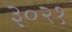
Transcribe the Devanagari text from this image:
३०२१